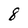
Character: 8